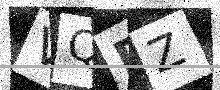
Text: VQPZ